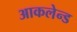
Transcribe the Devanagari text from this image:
आकलेन्ड